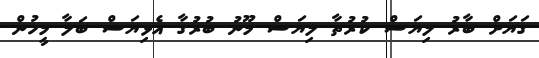
ގަޔަށް ބާރު ލިޔަސް ކުރުތާ ލިޔަސް މޫނު ބުރުގާ އެޅިޔަސް ބަލާ މީހުން